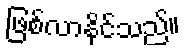
ဖြစ်လာနိုင်သည်။